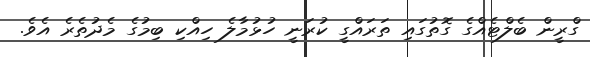
ގްރީން ބެލްޓެއްގެ ގޮތުގައި ތަރައްގީ ކުރަނީ ހުޅުމާލެ ހިއްކި ބިމުގެ މެދުތެރެ އެވެ.